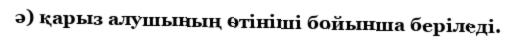
ә) қарыз алушының өтініші бойынша беріледі.